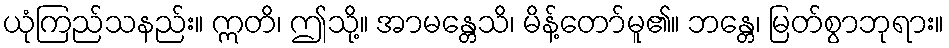
ယုံကြည်သနည်း။ ဣတိ၊ ဤသို့။ အာမန္တေသိ၊ မိန့်တော်မူ၏။ ဘန္တေ၊ မြတ်စွာဘုရား။